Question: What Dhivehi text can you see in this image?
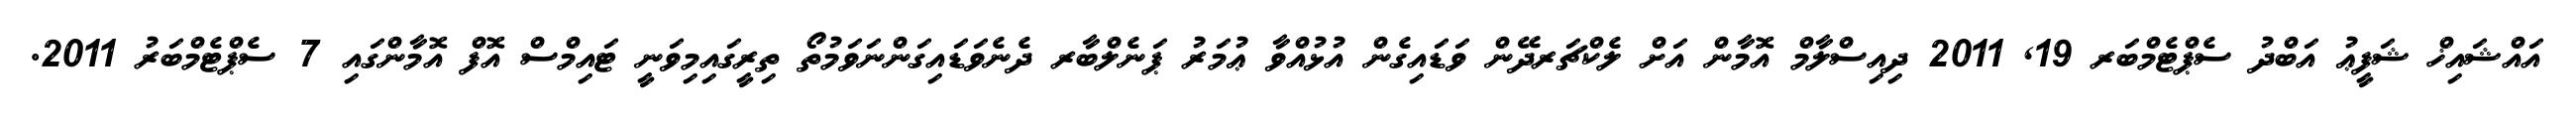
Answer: އައްޝައިޚް ޝަފީޢު އަބްދު ސެޕްޓެމްބަރ 19, 2011 ދިއިސްލާމް އޮމާން އަށް ލެކްޗަރދޭން ވަޑައިގެން އުޅުއްވާ ޢުމަރު ޕަނެލްބާރ ދެނެވަޑައިގަންނަވަމުތޯ ތިރީގައިމިވަނީ ޓައިމްސް އޮފް އޮމާންގައި 7 ސެޕްޓެމްބަރު 2011.